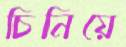
চিনিয়ে